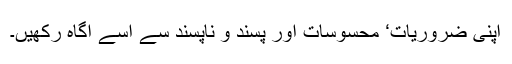
اپنی ضروریات‘ محسوسات اور پسند و ناپسند سے اسے آگاہ رکھیں۔